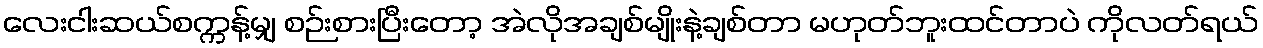
လေးငါးဆယ်စက္ကန့်မျှ စဉ်းစားပြီးတော့ အဲလိုအချစ်မျိုးနဲ့ချစ်တာ မဟုတ်ဘူးထင်တာပဲ ကိုလတ်ရယ်